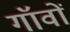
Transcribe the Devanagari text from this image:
गॉंवों